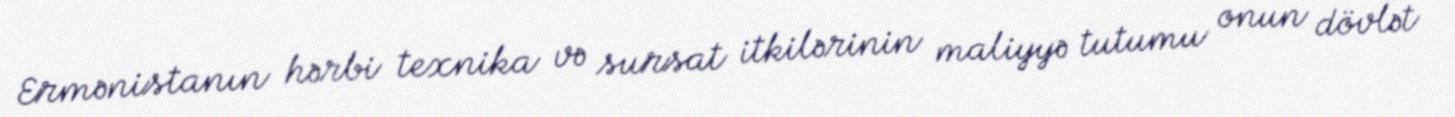
Ermənistanın hərbi texnika və sursat itkilərinin maliyyə tutumu onun dövlət